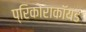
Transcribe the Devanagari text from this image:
प्रिकोराकॉयड